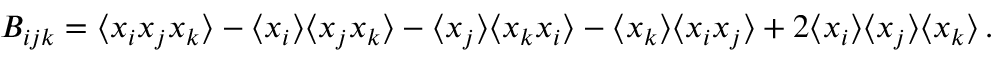
B _ { i j k } = \langle x _ { i } x _ { j } x _ { k } \rangle - \langle x _ { i } \rangle \langle x _ { j } x _ { k } \rangle - \langle x _ { j } \rangle \langle x _ { k } x _ { i } \rangle - \langle x _ { k } \rangle \langle x _ { i } x _ { j } \rangle + 2 \langle x _ { i } \rangle \langle x _ { j } \rangle \langle x _ { k } \rangle \, .